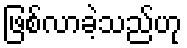
ဖြစ်လာခဲ့သည်ဟု